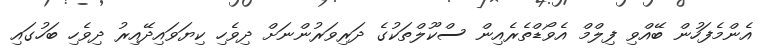
އެންމެފަހުން ބޭއްވި ފިލްމް އެވޯޑްތެރެއިން ސްކޫލްތަކުގެ ދަރިވަރުންނަށް ދިވެހި ކިޔަވައިދޭއިރު ދިވެހި ބަހުގައި